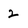
Character: 2